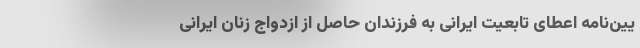
یین‌نامه اعطای تابعیت ایرانی به فرزندان حاصل از ازدواج زنان ایرانی